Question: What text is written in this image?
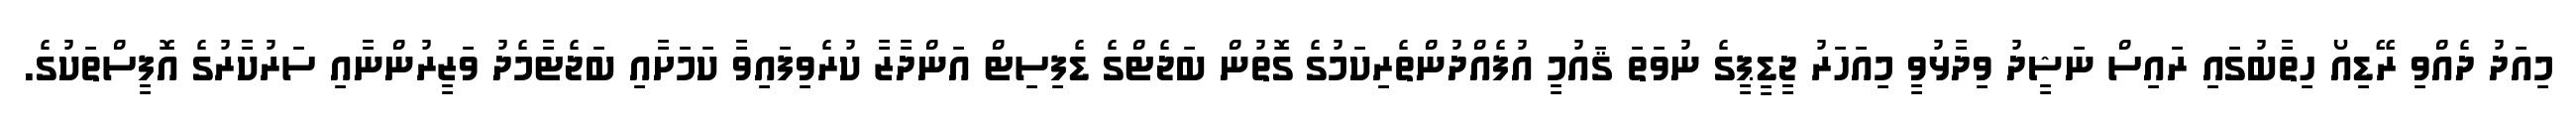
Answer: މިއަދު ދެއްވި ރޭޑިއޯ ހިތާބުގައި ރައިސް ނަޝީދު ވިދާޅުވީ މިއަހަރު ޖީޑީޕީގެ ނުވަތަ ޤައުމީ އުފެއްދުންތެރިކަމުގެ ގޮތުން ބަޖެޓްގެ ޑެފިސިޓް އަންދާޒާ ކުރެވިފައިވާ ކަމަށާއި ބަޖެޓާމެދު ވަޒީރުންނާއި ސަރުކާރުގެ އޮފީސްތަކުގެ.